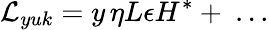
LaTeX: {\mathcal{L}}_{yuk}=y\, \eta L\epsilon H^{*}+~...